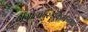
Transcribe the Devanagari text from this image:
अंगोलाबुरुंडीकैमरुनमध्य